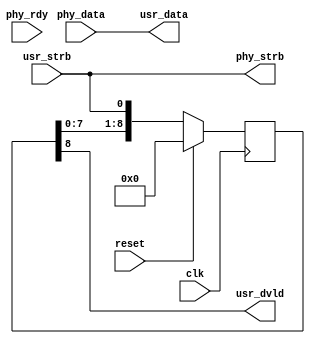
module qdrc_rd(
    clk,
    reset,
    phy_rdy,

    usr_strb,
    usr_data,
    usr_dvld,
    phy_strb,
    phy_data
  );
  parameter DATA_WIDTH = 18;
  parameter ADDR_WIDTH = 21;

  input  clk, reset, phy_rdy;

  input  usr_strb;
  output [2*DATA_WIDTH - 1:0] usr_data;
  output usr_dvld;

  output phy_strb;
  input  [2*DATA_WIDTH - 1:0] phy_data;

  reg strb_ignore;

  always @(posedge clk) begin
    if (reset) begin
      strb_ignore <= 1'b0;
    end else begin
      if (strb_ignore) begin
        strb_ignore <= 1'b0;
      end else if (usr_strb) begin
        strb_ignore <= 1'b1;
      end
    end
  end

  assign phy_strb = usr_strb;
  assign usr_data = phy_data;

  localparam READ_LATENCY = 9;
  /* This is the default latency which includes:
   * 1 cycle due to sync interface
   * 1 cycle to ease timing on outputs
   * 1 for output buffers
   * 2 cycles for chip response
   * 1 cycle for input buffer
   * 1 cycle for half offset correction
   * 1 cycle for full word offset correction
   * and 1 unaccounted for
   *
   */

  reg [READ_LATENCY - 1:0] usr_strb_shift_reg;
  assign usr_dvld = usr_strb_shift_reg[READ_LATENCY - 1];

  always @(posedge clk) begin
    if (reset) begin
      usr_strb_shift_reg <= 5'b0;
    end else begin
      usr_strb_shift_reg <= {usr_strb_shift_reg[READ_LATENCY - 2:0], phy_strb};
    end
  end

endmodule